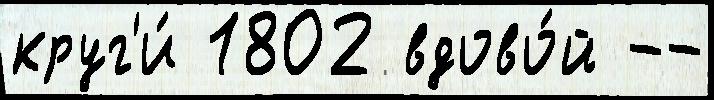
круг'и́ 1802 вдово́й --